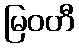
မြဝတီ